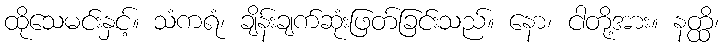
ထိုသေမင်းနှင့်။ သံကရံ၊ ချိန်းချက်ဆုံးဖြတ်ခြင်းသည်။ နော၊ ငါတို့အား။ နတ္ထိ၊